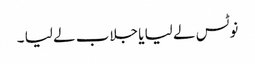
نوٹس لے لیا یا جلاب لے لیا ۔